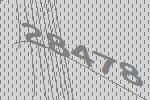
28478